Vaccination in Bombay 1889-1901 - 1889-1901
Year: 1889
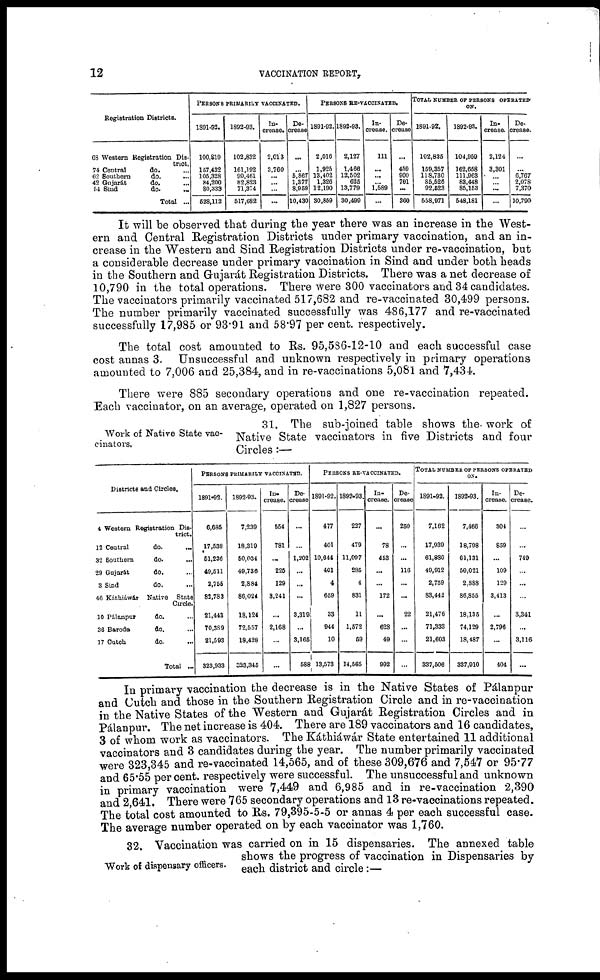
12
VACCINATION REPORT,
Registration Districts.
68 Western Registration Dis-
trict.
74 Central
do. ...
62 Southern
do. ...
42 Gujarát
do. ...
54 Sind
do.
...
Total ...
PERSONS PRIMARILY VACCINATED.
1891-92.
100,819
157,432
105,328
84,200
80,333
528,112
1892-93.
102,832
161,192
99,461
82,823
71,374
517,682
In-
crease.
2,013
3,760
...
...
...
...
De-
crease
...
... 5,867
1,377
8,959
10,430
PERSONS RE-VACCINATED.
1891-92.
2,016
1,925
13,402
1,326
12,190
30,859
1892-93.
2,127
1,466
12,502
625
13,779
30,499
In-
crease.
111
...
...
... 1,589
...
De-
crease
...
459
900
701
...
360
TOTAL NUMBER OF PERSONS OPERATED
ON.
1891-92.
102,835
159,357
118,730
85,526
92,523
558,971
1892-93.
104,959
162,658
111,963
83,448
85,153
548,181
In-
crease.
2,124
3,301
... ...
...
...
De-
crease.
...
... 6,767
2,078
7,370
10,790
It will be observed that during the year there was an increase in the West-
ern and Central Registration Districts under primary vaccination, and an in-
crease in the Western and Sind Registration Districts under re-vaccination, but
a considerable decrease under primary vaccination in Sind and under both heads
in the Southern and Gujarát Registration Districts. There was a net decrease of
10,790 in the total operations. There were 300 vaccinators and 34 candidates.
The vaccinators primarily vaccinated 517,682 and re-vaccinated 30,499 persons.
The number primarily vaccinated successfully was 486,177 and re-vaccinated
successfully 17,985 or 93.91 and 58.97 per cent. respectively.
The total cost amounted to Rs. 95,586-12-10 and each successful case
cost annas 3. Unsuccessful and unknown respectively in primary operations
amounted to 7,006 and 25,384, and in re-vaccinations 5,081 and 7,434.
There were 885 secondary operations and one re-vaccination repeated.
Each vaccinator, on an average, operated on 1,827 persons.
Work of Native State vac-
cinators.
31. The sub-joined table shows the work of
Native State vaccinators in five Districts and four
Circles :—
Districts and Circles.
4 Western Registration Dis-
trict.
12 Central
do. ...
32 Southern
do. ...
29 Gujarát
do. ...
3 Sind
do.
46 Káthiáwár Native State
Circle.
10 Pálanpur
do. ...
36 Baroda
do. ...
17 Cutch
do. ...
Total ...
PERSONS PRIMARILY VACCINATED.
1891-92.
6,685
17,538
51,236
49,511
2,755
82,783
21,443
70,389
21,593
323,933
1892-93.
7,239
18,319
50,034
49,736
2,834
86,024
18,124
72,557
18,428
323,345
In.
crease.
554
781
...
225
129
3,241
...
2,168
...
...
De-
crease
...
...
1,202
...
...
...
3,319
...
3,165
588
PERSONS RE-VACCINATED.
1891-92.
477
401
10,644
401
4
659
33
944
10
13,573
1892-93.
227
479
11,097
285
4
831
11
1,572
59
14,565
In.
crease.
...
78
453
...
...
172
...
628
49
992
De-
crease
250
...
...
116
...
...
22
...
...
...
TOTAL NUMBER OF PERSONS OPERATED
ON.
1891-92.
7,162
17,939
61,880
49,912
2,759
83,442
21,476
71,333
21,603
337,506
1892-93.
7,466
18,798
61,131
50,021
2,888
86,855
18,135
74,129
18,487
337,910
In-
crease.
304
859
...
109
129
3,413
...
2,796
...
404
De-
crease.
...
...
749
...
3,341
...
3,116
...
In primary vaccination the decrease is in the Native States of Pálanpur
and Cutch and those in the Southern Registration Circle and in re-vaccination
in the Native States of the Western and Gujarát Registration Circles and in
Pálanpur. The net increase is 404. There are 189 vaccinators and 16 candidates,
3 of whom work as vaccinators. The Káthiáwár State entertained 11 additional
vaccinators and 3 candidates during the year. The number primarily vaccinated
were 323,345 and re-vaccinated 14,565, and of these 309,676 and 7,547 or 95.77
and 65.55 per cent. respectively were successful. The unsuccessful and unknown
in primary vaccination were 7,449 and 6,985 and in re-vaccination 2,390
and 2,641. There were 765 secondary operations and 13 re-vaccinations repeated.
The total cost amounted to Rs. 79,395-5-5 or annas 4 per each successful case.
The average number operated on by each vaccinator was 1,760.
Work of dispensary officers.
32. Vaccination was carried on in 15 dispensaries. The annexed table
shows the progress of vaccination in Dispensaries by
each district and circle:—